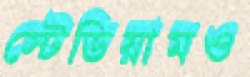
স্টেডিয়ামও